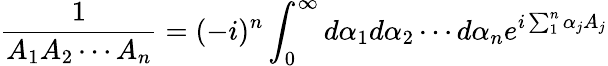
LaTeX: \frac{1}{A_{1}A_{2}\cdots A_{n}}=(-i)^{n}\int_{0}^{\infty}d\alpha_{1}d\alpha_{2}\cdots d\alpha_{n}e^{i\sum_{1}^{n}\alpha_{j}A_{j}}